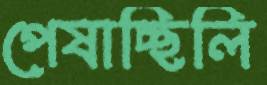
পেষাচ্ছিলি